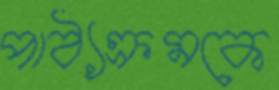
পাঠ্যক্রমকে